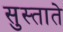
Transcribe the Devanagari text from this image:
सुस्ताते